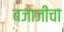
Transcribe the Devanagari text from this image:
बजाजीचा